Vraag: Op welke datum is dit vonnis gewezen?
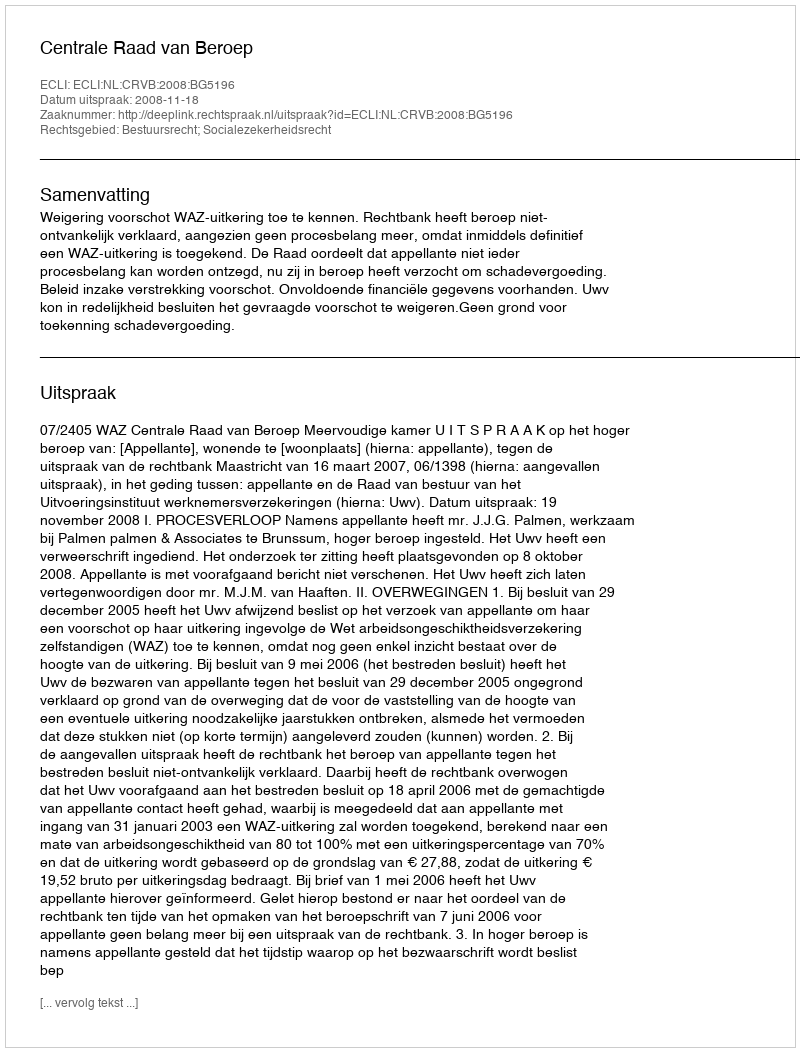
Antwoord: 2008-11-18